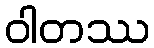
ဝါတဿ